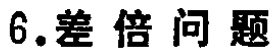
6.差倍问题